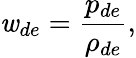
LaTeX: \mathit{w}_{de}=\frac{{p_{de}}}{{\rho_{de}}},